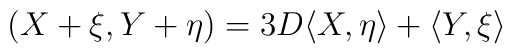
(X + \xi , Y + \eta ) =3D \langle X,\eta \rangle + \langle Y, \xi \rangle